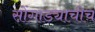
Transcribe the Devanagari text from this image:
सोंगाड्याचीच